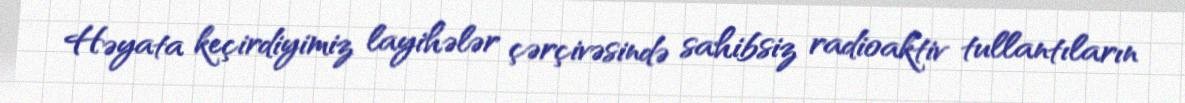
Həyata keçirdiyimiz layihələr çərçivəsində sahibsiz radioaktiv tullantıların